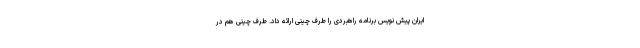
ایران پیش نویس برنامه راهبردی را طرف چینی ارائه داد. طرف چینی هم در